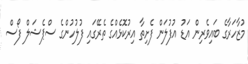
މުޒާހަރާގެ ބައިވެރިން އަޑު އުފުލަން ފެށިތާ އިރުކޮޅެއްގެ ތެރޭގައި ފުލުހުންގެ ސްޕެޝަލް ފޯސް